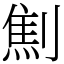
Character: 劁